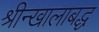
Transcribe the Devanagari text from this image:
श्रीन्खालाबद्ध